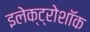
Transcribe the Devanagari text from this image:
इलेक्ट्रोशॉक